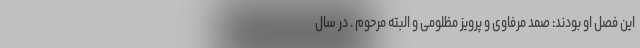
این فصل او بودند: صمد مرفاوی و پرویز مظلومی و البته مرحوم . در سال